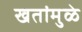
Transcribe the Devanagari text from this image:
खतांमुळे